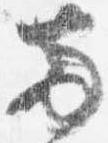
両